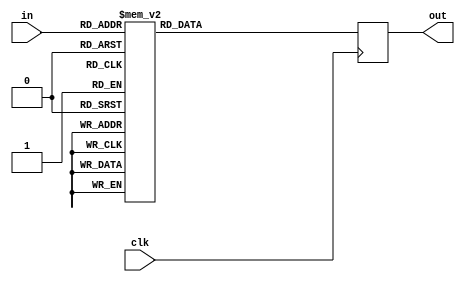


/* S box - 1 cycle delay*/
module S (clk, in, out);
    input clk;
    input [7:0] in;
    output [7:0] out;

    reg [7:0] out;

    always @ (posedge clk)
    case (in)
    8'h00: out <= 8'h63;
    8'h01: out <= 8'h7c;
    8'h02: out <= 8'h77;
    8'h03: out <= 8'h7b;
    8'h04: out <= 8'hf2;
    8'h05: out <= 8'h6b;
    8'h06: out <= 8'h6f;
    8'h07: out <= 8'hc5;
    8'h08: out <= 8'h30;
    8'h09: out <= 8'h01;
    8'h0a: out <= 8'h67;
    8'h0b: out <= 8'h2b;
    8'h0c: out <= 8'hfe;
    8'h0d: out <= 8'hd7;
    8'h0e: out <= 8'hab;
    8'h0f: out <= 8'h76;
    8'h10: out <= 8'hca;
    8'h11: out <= 8'h82;
    8'h12: out <= 8'hc9;
    8'h13: out <= 8'h7d;
    8'h14: out <= 8'hfa;
    8'h15: out <= 8'h59;
    8'h16: out <= 8'h47;
    8'h17: out <= 8'hf0;
    8'h18: out <= 8'had;
    8'h19: out <= 8'hd4;
    8'h1a: out <= 8'ha2;
    8'h1b: out <= 8'haf;
    8'h1c: out <= 8'h9c;
    8'h1d: out <= 8'ha4;
    8'h1e: out <= 8'h72;
    8'h1f: out <= 8'hc0;
    8'h20: out <= 8'hb7;
    8'h21: out <= 8'hfd;
    8'h22: out <= 8'h93;
    8'h23: out <= 8'h26;
    8'h24: out <= 8'h36;
    8'h25: out <= 8'h3f;
    8'h26: out <= 8'hf7;
    8'h27: out <= 8'hcc;
    8'h28: out <= 8'h34;
    8'h29: out <= 8'ha5;
    8'h2a: out <= 8'he5;
    8'h2b: out <= 8'hf1;
    8'h2c: out <= 8'h71;
    8'h2d: out <= 8'hd8;
    8'h2e: out <= 8'h31;
    8'h2f: out <= 8'h15;
    8'h30: out <= 8'h04;
    8'h31: out <= 8'hc7;
    8'h32: out <= 8'h23;
    8'h33: out <= 8'hc3;
    8'h34: out <= 8'h18;
    8'h35: out <= 8'h96;
    8'h36: out <= 8'h05;
    8'h37: out <= 8'h9a;
    8'h38: out <= 8'h07;
    8'h39: out <= 8'h12;
    8'h3a: out <= 8'h80;
    8'h3b: out <= 8'he2;
    8'h3c: out <= 8'heb;
    8'h3d: out <= 8'h27;
    8'h3e: out <= 8'hb2;
    8'h3f: out <= 8'h75;
    8'h40: out <= 8'h09;
    8'h41: out <= 8'h83;
    8'h42: out <= 8'h2c;
    8'h43: out <= 8'h1a;
    8'h44: out <= 8'h1b;
    8'h45: out <= 8'h6e;
    8'h46: out <= 8'h5a;
    8'h47: out <= 8'ha0;
    8'h48: out <= 8'h52;
    8'h49: out <= 8'h3b;
    8'h4a: out <= 8'hd6;
    8'h4b: out <= 8'hb3;
    8'h4c: out <= 8'h29;
    8'h4d: out <= 8'he3;
    8'h4e: out <= 8'h2f;
    8'h4f: out <= 8'h84;
    8'h50: out <= 8'h53;
    8'h51: out <= 8'hd1;
    8'h52: out <= 8'h00;
    8'h53: out <= 8'hed;
    8'h54: out <= 8'h20;
    8'h55: out <= 8'hfc;
    8'h56: out <= 8'hb1;
    8'h57: out <= 8'h5b;
    8'h58: out <= 8'h6a;
    8'h59: out <= 8'hcb;
    8'h5a: out <= 8'hbe;
    8'h5b: out <= 8'h39;
    8'h5c: out <= 8'h4a;
    8'h5d: out <= 8'h4c;
    8'h5e: out <= 8'h58;
    8'h5f: out <= 8'hcf;
    8'h60: out <= 8'hd0;
    8'h61: out <= 8'hef;
    8'h62: out <= 8'haa;
    8'h63: out <= 8'hfb;
    8'h64: out <= 8'h43;
    8'h65: out <= 8'h4d;
    8'h66: out <= 8'h33;
    8'h67: out <= 8'h85;
    8'h68: out <= 8'h45;
    8'h69: out <= 8'hf9;
    8'h6a: out <= 8'h02;
    8'h6b: out <= 8'h7f;
    8'h6c: out <= 8'h50;
    8'h6d: out <= 8'h3c;
    8'h6e: out <= 8'h9f;
    8'h6f: out <= 8'ha8;
    8'h70: out <= 8'h51;
    8'h71: out <= 8'ha3;
    8'h72: out <= 8'h40;
    8'h73: out <= 8'h8f;
    8'h74: out <= 8'h92;
    8'h75: out <= 8'h9d;
    8'h76: out <= 8'h38;
    8'h77: out <= 8'hf5;
    8'h78: out <= 8'hbc;
    8'h79: out <= 8'hb6;
    8'h7a: out <= 8'hda;
    8'h7b: out <= 8'h21;
    8'h7c: out <= 8'h10;
    8'h7d: out <= 8'hff;
    8'h7e: out <= 8'hf3;
    8'h7f: out <= 8'hd2;
    8'h80: out <= 8'hcd;
    8'h81: out <= 8'h0c;
    8'h82: out <= 8'h13;
    8'h83: out <= 8'hec;
    8'h84: out <= 8'h5f;
    8'h85: out <= 8'h97;
    8'h86: out <= 8'h44;
    8'h87: out <= 8'h17;
    8'h88: out <= 8'hc4;
    8'h89: out <= 8'ha7;
    8'h8a: out <= 8'h7e;
    8'h8b: out <= 8'h3d;
    8'h8c: out <= 8'h64;
    8'h8d: out <= 8'h5d;
    8'h8e: out <= 8'h19;
    8'h8f: out <= 8'h73;
    8'h90: out <= 8'h60;
    8'h91: out <= 8'h81;
    8'h92: out <= 8'h4f;
    8'h93: out <= 8'hdc;
    8'h94: out <= 8'h22;
    8'h95: out <= 8'h2a;
    8'h96: out <= 8'h90;
    8'h97: out <= 8'h88;
    8'h98: out <= 8'h46;
    8'h99: out <= 8'hee;
    8'h9a: out <= 8'hb8;
    8'h9b: out <= 8'h14;
    8'h9c: out <= 8'hde;
    8'h9d: out <= 8'h5e;
    8'h9e: out <= 8'h0b;
    8'h9f: out <= 8'hdb;
    8'ha0: out <= 8'he0;
    8'ha1: out <= 8'h32;
    8'ha2: out <= 8'h3a;
    8'ha3: out <= 8'h0a;
    8'ha4: out <= 8'h49;
    8'ha5: out <= 8'h06;
    8'ha6: out <= 8'h24;
    8'ha7: out <= 8'h5c;
    8'ha8: out <= 8'hc2;
    8'ha9: out <= 8'hd3;
    8'haa: out <= 8'hac;
    8'hab: out <= 8'h62;
    8'hac: out <= 8'h91;
    8'had: out <= 8'h95;
    8'hae: out <= 8'he4;
    8'haf: out <= 8'h79;
    8'hb0: out <= 8'he7;
    8'hb1: out <= 8'hc8;
    8'hb2: out <= 8'h37;
    8'hb3: out <= 8'h6d;
    8'hb4: out <= 8'h8d;
    8'hb5: out <= 8'hd5;
    8'hb6: out <= 8'h4e;
    8'hb7: out <= 8'ha9;
    8'hb8: out <= 8'h6c;
    8'hb9: out <= 8'h56;
    8'hba: out <= 8'hf4;
    8'hbb: out <= 8'hea;
    8'hbc: out <= 8'h65;
    8'hbd: out <= 8'h7a;
    8'hbe: out <= 8'hae;
    8'hbf: out <= 8'h08;
    8'hc0: out <= 8'hba;
    8'hc1: out <= 8'h78;
    8'hc2: out <= 8'h25;
    8'hc3: out <= 8'h2e;
    8'hc4: out <= 8'h1c;
    8'hc5: out <= 8'ha6;
    8'hc6: out <= 8'hb4;
    8'hc7: out <= 8'hc6;
    8'hc8: out <= 8'he8;
    8'hc9: out <= 8'hdd;
    8'hca: out <= 8'h74;
    8'hcb: out <= 8'h1f;
    8'hcc: out <= 8'h4b;
    8'hcd: out <= 8'hbd;
    8'hce: out <= 8'h8b;
    8'hcf: out <= 8'h8a;
    8'hd0: out <= 8'h70;
    8'hd1: out <= 8'h3e;
    8'hd2: out <= 8'hb5;
    8'hd3: out <= 8'h66;
    8'hd4: out <= 8'h48;
    8'hd5: out <= 8'h03;
    8'hd6: out <= 8'hf6;
    8'hd7: out <= 8'h0e;
    8'hd8: out <= 8'h61;
    8'hd9: out <= 8'h35;
    8'hda: out <= 8'h57;
    8'hdb: out <= 8'hb9;
    8'hdc: out <= 8'h86;
    8'hdd: out <= 8'hc1;
    8'hde: out <= 8'h1d;
    8'hdf: out <= 8'h9e;
    8'he0: out <= 8'he1;
    8'he1: out <= 8'hf8;
    8'he2: out <= 8'h98;
    8'he3: out <= 8'h11;
    8'he4: out <= 8'h69;
    8'he5: out <= 8'hd9;
    8'he6: out <= 8'h8e;
    8'he7: out <= 8'h94;
    8'he8: out <= 8'h9b;
    8'he9: out <= 8'h1e;
    8'hea: out <= 8'h87;
    8'heb: out <= 8'he9;
    8'hec: out <= 8'hce;
    8'hed: out <= 8'h55;
    8'hee: out <= 8'h28;
    8'hef: out <= 8'hdf;
    8'hf0: out <= 8'h8c;
    8'hf1: out <= 8'ha1;
    8'hf2: out <= 8'h89;
    8'hf3: out <= 8'h0d;
    8'hf4: out <= 8'hbf;
    8'hf5: out <= 8'he6;
    8'hf6: out <= 8'h42;
    8'hf7: out <= 8'h68;
    8'hf8: out <= 8'h41;
    8'hf9: out <= 8'h99;
    8'hfa: out <= 8'h2d;
    8'hfb: out <= 8'h0f;
    8'hfc: out <= 8'hb0;
    8'hfd: out <= 8'h54;
    8'hfe: out <= 8'hbb;
    8'hff: out <= 8'h16;
    endcase
endmodule